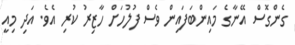
ގެންގޮސް އޭނާގެ މައިންބަފައިން ވެސް ފުލުހަށް ހާޒިރު ކުރި އެވެ. އަދި މިއީ